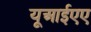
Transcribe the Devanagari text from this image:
यूआईएए